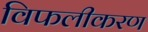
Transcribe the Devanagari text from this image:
विफलीकरण